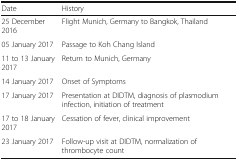
<table><thead><tr><td><b>Date</b></td><td><b>History</b></td></tr></thead><tbody><tr><td>25 December 2016</td><td>Flight Munich, Germany to Bangkok, Thailand</td></tr><tr><td>05 January 2017</td><td>Passage to Koh Chang Island</td></tr><tr><td>11 to 13 January 2017</td><td>Return to Munich, Germany</td></tr><tr><td>14 January 2017</td><td>Onset of Symptoms</td></tr><tr><td>17 January 2017</td><td>Presentation at DIDTM, diagnosis of plasmodium infection, initiation of treatment</td></tr><tr><td>17 to 18 January 2017</td><td>Cessation of fever, clinical improvement</td></tr><tr><td>23 January 2017</td><td>Follow-up visit at DIDTM, normalization of thrombocyte count</td></tr></tbody></table>